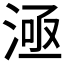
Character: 𣶬